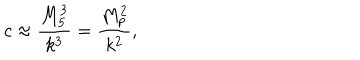
c \approx \frac { M _ { 5 } ^ { 3 } } { k ^ { 3 } } = \frac { M _ { p } ^ { 2 } } { k ^ { 2 } } ,